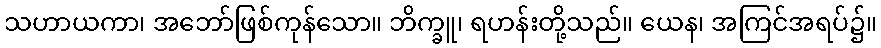
သဟာယကာ၊ အဘော်ဖြစ်ကုန်သော။ ဘိက္ခူ၊ ရဟန်းတို့သည်။ ယေန၊ အကြင်အရပ်၌။